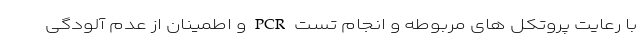
با رعایت پروتکل های مربوطه و انجام تست PCR و اطمینان از عدم آلودگی